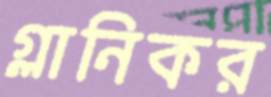
গ্লানিকর